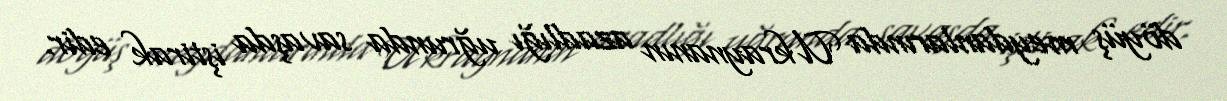
döyüş meydanlarında Ukraynanın azadlığı uğrunda savaşda iştirak edir.